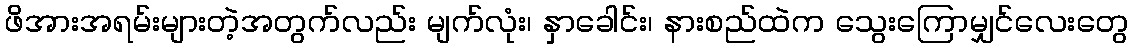
ဖိအားအရမ်းများတဲ့အတွက်လည်း မျက်လုံး၊ နှာခေါင်း၊ နားစည်ထဲက သွေးကြောမျှင်လေးတွေ